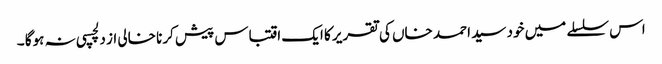
اس سلسلے میں خود سید احمد خاں کی تقریر کا ایک اقتباس پیش کرنا خالی از دلچسپی نہ ہوگا ۔